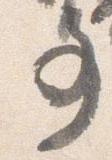
事